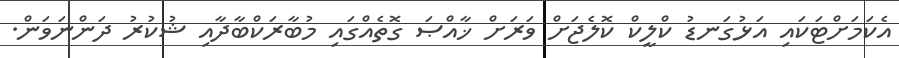
އެކަމަށްޓަކައި އަޅުގަނޑު ކްލީކް ކޮލެޖަށް ވަރަށް ޚާއްޞަ ގޮތެއްގައި މުބާރަކްބާދާއި ޝުކުރު ދަންނަވަން.